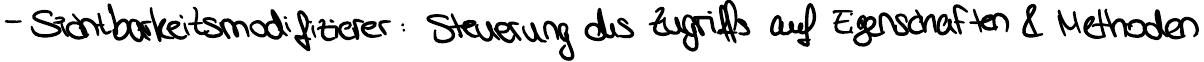
- Sichtbarkeitsmodifizierer: Steuerung des Zugriffs auf Eigenschaften & Methoden